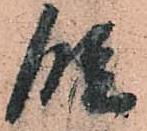
段